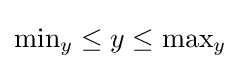
{\mbox{min}}_{y}\leq y\leq {\mbox{max}}_{y}